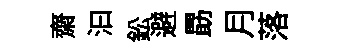
齋汩鈆避勗月落